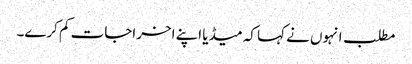
مطلب انہوں نے کہا کہ میڈیا اپنے اخراجات کم کرے۔